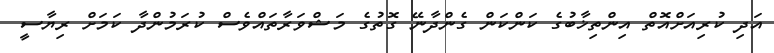
އަދި ކުރިއަށްއޮތް އިންތިޚާބުގެ ކަންކަން ގެންދާނޭ ގޮތުގެ މަޝްވަރާތައްވެސް ކުރަމުންދާ ކަމަށް ރިޔާސީ